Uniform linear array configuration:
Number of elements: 8
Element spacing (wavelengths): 1
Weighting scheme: binomial
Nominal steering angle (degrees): -30
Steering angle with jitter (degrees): -29.023
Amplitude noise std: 0.05
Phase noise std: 0.05

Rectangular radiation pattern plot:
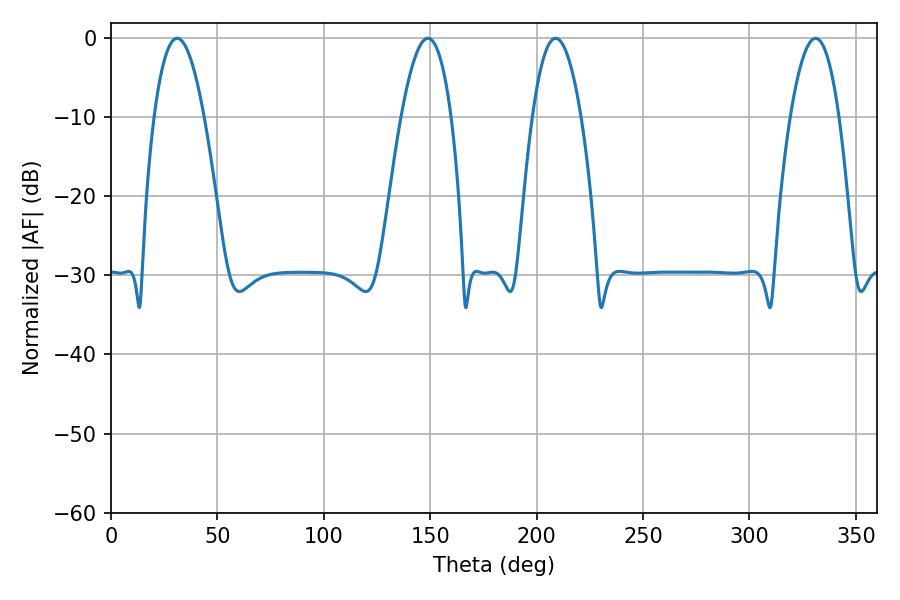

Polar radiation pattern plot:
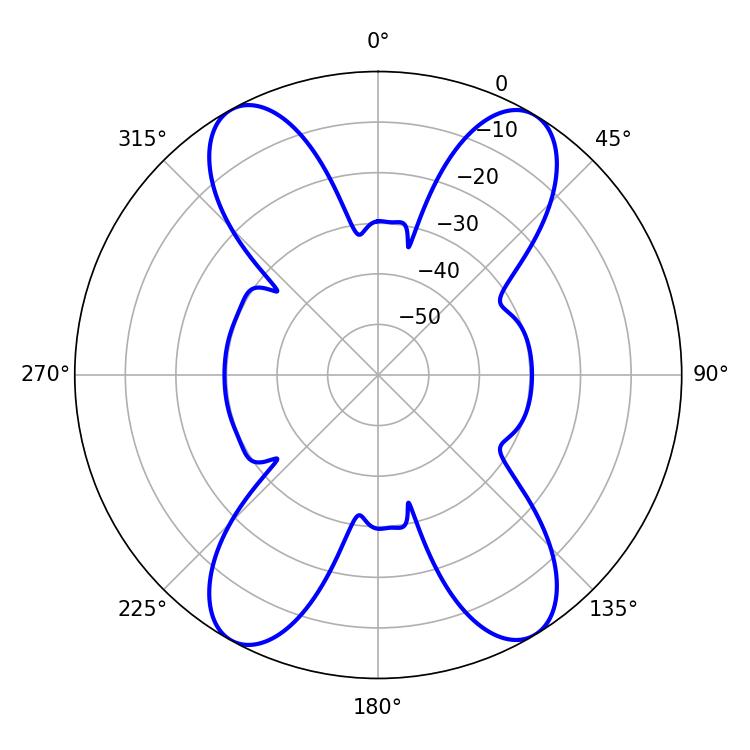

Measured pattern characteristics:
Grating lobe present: TRUE
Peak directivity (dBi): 19.302
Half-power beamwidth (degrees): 12.96
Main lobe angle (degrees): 31.14